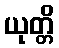
ယုတ္တိ